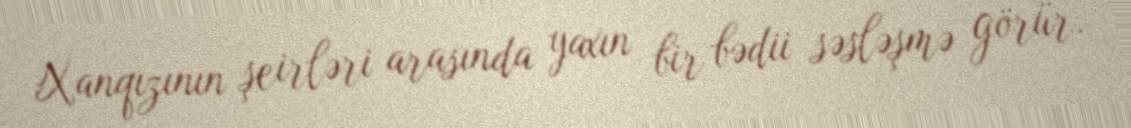
Xanqızının şeirləri arasında yaxın bir bədii səsləşmə görür.